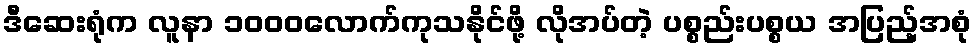
ဒီဆေးရုံက လူနာ ၁၀၀၀လောက်ကုသနိုင်ဖို့ လိုအပ်တဲ့ ပစ္စည်းပစ္စယ အပြည့်အစုံ